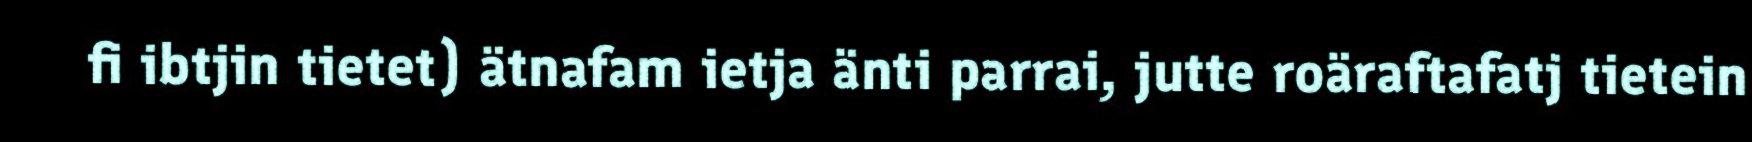
fi ibtjin tietet) ätnafam ietja änti parrai, jutte roäraftafatj tietein